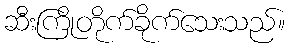
ဆီးကြိုတိုက်ခိုက်သေးသည်။